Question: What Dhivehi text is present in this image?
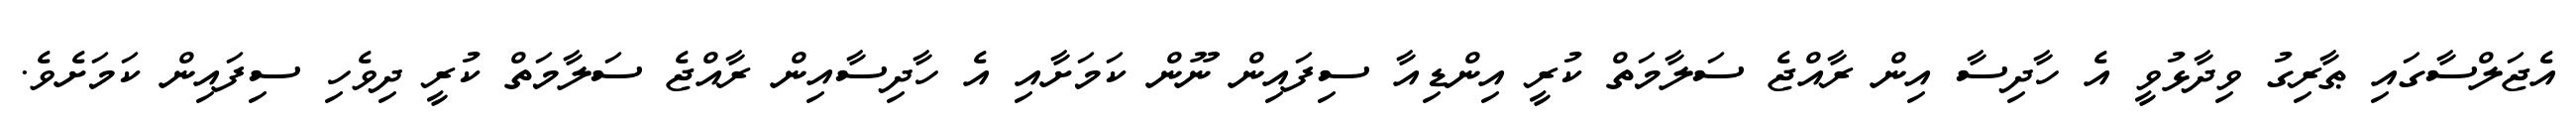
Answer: އެޖަލްސާގައި ޠާރިގު ވިދާޅުވީ އެ ހާދިސާ އިން ރާއްޖެ ސަލާމަތް ކުރީ އިންޑިއާ ސިފައިން ނޫން ކަމަށާއި އެ ހާދިސާއިން ރާއްޖެ ސަލާމަތް ކުރީ ދިވެހި ސިފައިން ކަމަށެވެ.